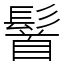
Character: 䭮